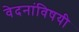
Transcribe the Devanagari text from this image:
वेदनांविषयी